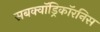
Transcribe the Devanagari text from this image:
सबक्वॉड्रिकॉरनिस